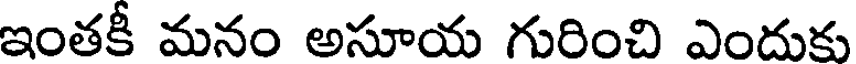
ఇంతకీ మనం అసూయ గురించి ఎందుకు